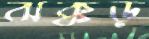
ঝক্কড়